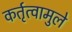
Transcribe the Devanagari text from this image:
कर्तृत्वामुले